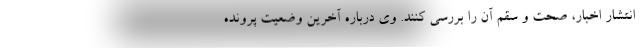
انتشار اخبار، صحت و سقم آن را بررسی کنند. وی درباره آخرین وضعیت پرونده